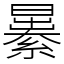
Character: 㬧